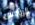
الرؤوس